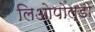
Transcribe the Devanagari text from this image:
लिओपोल्डो